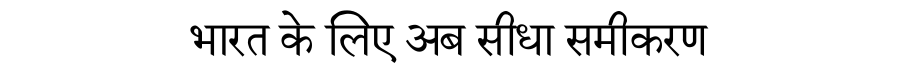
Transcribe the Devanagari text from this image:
भारत के लिए अब सीधा समीकरण